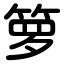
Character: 箩